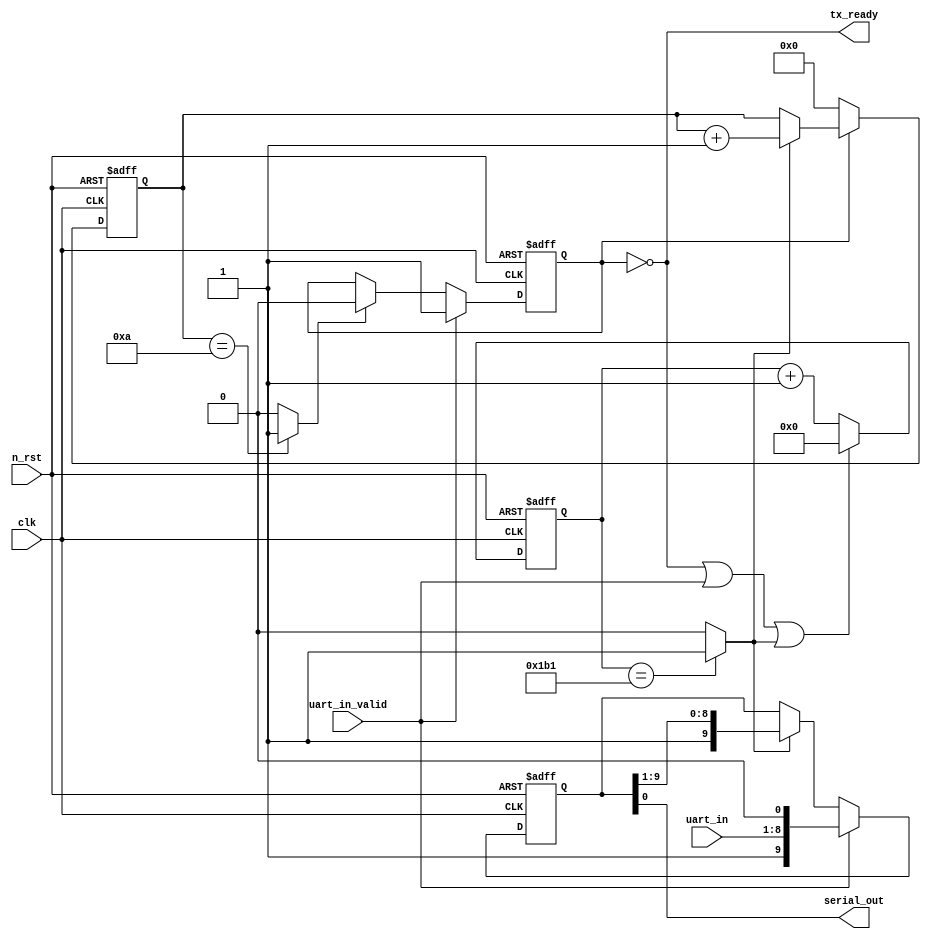
module uart_tx#(
    parameter CLK_FREQ = 50_000_000,
    parameter BAUD_RATE = 115_200
)(
    input clk,
    input n_rst,

    input [7:0] uart_in,
    input uart_in_valid,
    output tx_ready,

    output serial_out
);

    localparam TIME_EDGE = CLK_FREQ / BAUD_RATE;
    localparam CNT_WIDTH = $clog2(TIME_EDGE);

    reg busy;
    reg [CNT_WIDTH-1:0] clk_cnt;
    reg [3:0] buff_cnt;
    reg [9:0] buffer;
    reg s_out;

    wire cnt_reset;
    wire symbol_edge;
    wire eob;


    assign symbol_edge = (clk_cnt == (TIME_EDGE-1)) ? 1'b1 : 1'b0;
    assign cnt_reset = (!busy) || (uart_in_valid) || (symbol_edge);
    assign eob = (buff_cnt == 4'hA) ? 1'b1 : 1'b0;

    assign tx_ready = !busy;
    assign serial_out = s_out;

    always @(posedge clk or negedge n_rst)begin
        if(!n_rst)
            busy <= 1'b0;
        else if(uart_in_valid)
            busy <= 1'b1;
        else if(eob)
            busy <= 1'b0;
        else
            busy <= busy;
    end

    always @(posedge clk or negedge n_rst)begin
        if(!n_rst)
            clk_cnt <= 0;
        else if(cnt_reset)
            clk_cnt <= 0;
        else
            clk_cnt <= clk_cnt + 1;
    end

    always @(posedge clk or negedge n_rst)begin
        if(!n_rst)
            buffer <= 10'h3FF;
        else if(uart_in_valid)
            buffer <= {1'b1, uart_in, 1'b0};
        else if(symbol_edge)
            buffer <= {1'b1, buffer[9:1]};
        else
            buffer <= buffer;
    end

    always @(*)begin
        s_out = buffer[0];
    end

    always @(posedge clk or negedge n_rst)begin
        if(!n_rst)
            buff_cnt <= 4'h0;
        else if(!busy)
            buff_cnt <= 4'h0;
        else if(symbol_edge)
            buff_cnt <= buff_cnt + 4'h1;
        else
            buff_cnt <= buff_cnt;
    end
endmodule